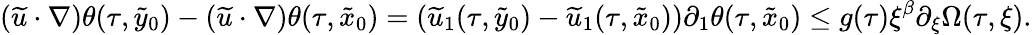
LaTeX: (\widetilde u\cdot\nabla)\theta(\tau,\tilde{y}_{0})-(\widetilde u\cdot\nabla)\theta(\tau,\tilde{x}_{0})=(\widetilde u_{1}(\tau,\tilde{y}_{0})-\widetilde u_{1}(\tau,\tilde{x}_{0}))\partial_{1}\theta(\tau,\tilde{x}_{0})\leq g(\tau)\xi^{\beta}\partial_{\xi}\Omega(\tau,\xi).